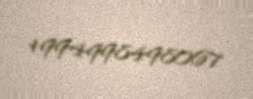
+994998498067